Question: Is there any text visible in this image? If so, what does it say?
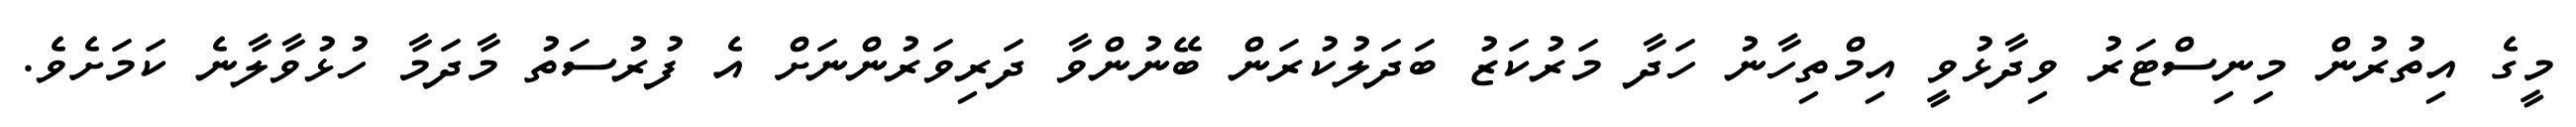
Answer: މީގެ އިތުރުން މިނިސްޓަރު ވިދާޅުވީ އިމްތިހާނު ހަދާ މަރުކަޒު ބަދަލުކުރަން ބޭނުންވާ ދަރިވަރުންނަށް އެ ފުރުސަތު މާދަމާ ހުޅުވާލާނެ ކަމަށެވެ.